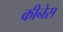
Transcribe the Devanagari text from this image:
कीनेस